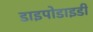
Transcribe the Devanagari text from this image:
डाइपोडाइडी